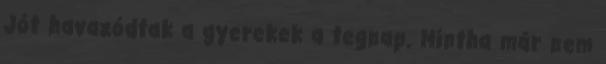
Jót havazódtak a gyerekek a tegnap. Mintha már nem